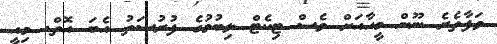
ވަފާތެރެ ނޫން މީހާއަށް ވެސް ޓިކެޓް ލިބުމުގެ ފުރުސަތު އެބަ އޮތް. މިއީ